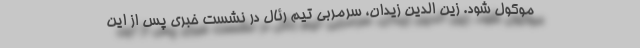
موکول شود. زین الدین زیدان، سرمربی تیم رئال در نشست خبری پس از این